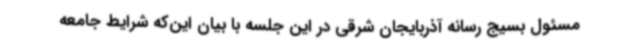
مسئول بسیج رسانه آذربایجان شرقی در این جلسه با بیان این‌که شرایط جامعه